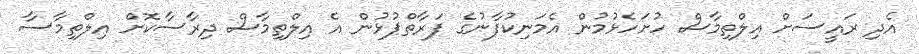
އެދި ރައީސަށް އިލްތިމާސް ހުށަހެޅުމުން އެމަނިކުފާނުގެ ފަރާތްޕުޅުން އެ އިލްތިމާސް ދިރާސާކޮށް އިލްތިމާސާ